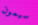
سيمون